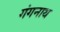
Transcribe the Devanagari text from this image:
गंगनाथ